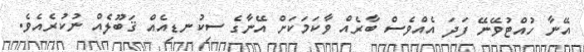
އޭނާ ހުއްޓުވޭނޭ ފަދަ އެއްވެސް ބާރެއް ވާކަމަކަށް އޭނާގެ ސިކުނޑިއެއް ޤަބޫލެއް ނުކުރެއެވެ.